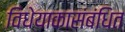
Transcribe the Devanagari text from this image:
विधेयाकासंबंधित